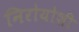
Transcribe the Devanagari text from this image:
निरोयोशी